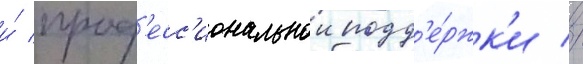
и́ проф'есс'иональнои подд'е́ржк'и //